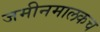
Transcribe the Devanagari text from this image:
जमीनमालकच